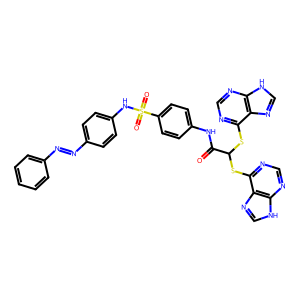
SMILES: O=C(Nc1ccc(S(=O)(=O)Nc2ccc(N=Nc3ccccc3)cc2)cc1)C(Sc1ncnc2[nH]cnc12)Sc1ncnc2[nH]cnc12
Inhibits HIV replication: No